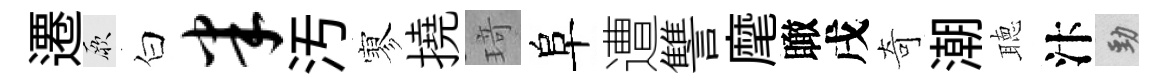
遷厥白半汚寥撓𤦺阜遭讐麾瞰戌奇潮聴汴勁